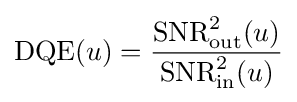
\mathrm {DQE} (u)={\frac {\mathrm {SNR} _{\text{out}}^{2}(u)}{\mathrm {SNR} _{\text{in}}^{2}(u)}}